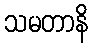
သမတာနိ